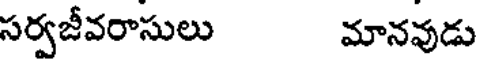
సర్వజీవరాసులు మానవుడు